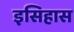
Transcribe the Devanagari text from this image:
इसिहास